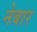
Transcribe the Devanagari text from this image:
नेबार